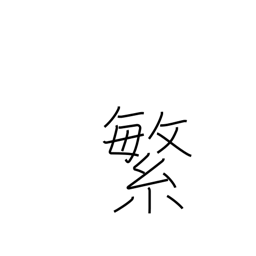
Meaning: frequency